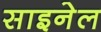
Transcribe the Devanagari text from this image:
साइनेल